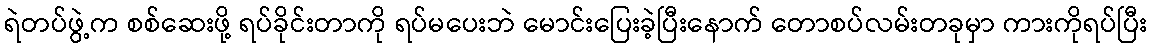
ရဲတပ်ဖွဲ့က စစ်ဆေးဖို့ ရပ်ခိုင်းတာကို ရပ်မပေးဘဲ မောင်းပြေးခဲ့ပြီးနောက် တောစပ်လမ်းတခုမှာ ကားကိုရပ်ပြီး